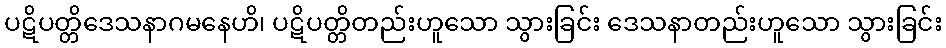
ပဋိပတ္တိဒေသနာဂမနေဟိ၊ ပဋိပတ္တိတည်းဟူသော သွားခြင်း ဒေသနာတည်းဟူသော သွားခြင်း